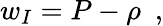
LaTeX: w_{I}=P-\rho\ \ ,